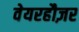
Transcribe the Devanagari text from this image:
वेयरहौज़र